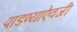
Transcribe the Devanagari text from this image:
पाडण्याऐवजी